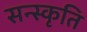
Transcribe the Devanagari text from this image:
सन्स्कृति